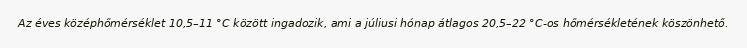
Az éves középhőmérséklet 10,5–11 °C között ingadozik, ami a júliusi hónap átlagos 20,5–22 °C-os hőmérsékletének köszönhető.